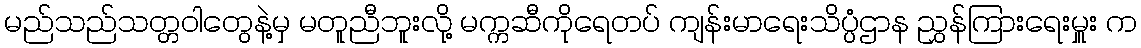
မည်သည်သတ္တဝါတွေနဲ့မှ မတူညီဘူးလို့ မက္ကဆီကိုရေတပ် ကျန်းမာရေးသိပ္ပံဌာန ညွှန်ကြားရေးမှူး က